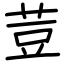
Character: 荳